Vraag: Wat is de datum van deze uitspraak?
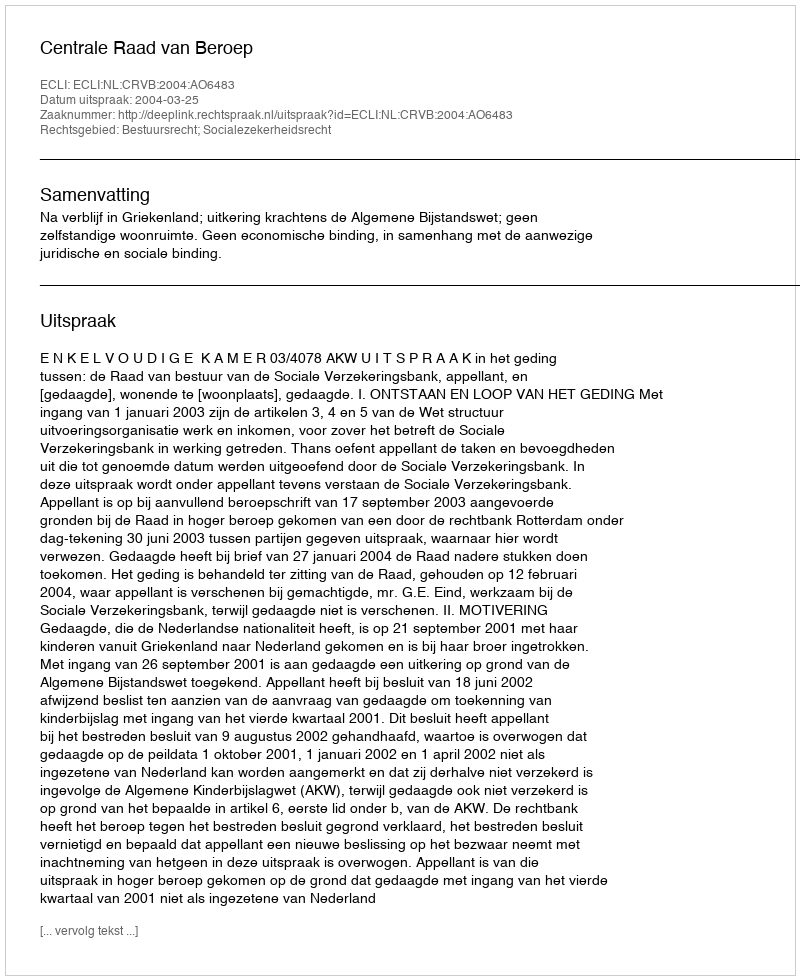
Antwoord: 2004-03-25